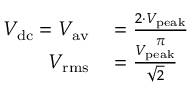
\begin{array} { r l } { V _ { \mathrm { d c } } = V _ { \mathrm { a v } } } & { { } = { \frac { 2 \cdot V _ { \mathrm { p e a k } } } { \pi } } } \\ { V _ { \mathrm { r m s } } } & { { } = { \frac { V _ { \mathrm { p e a k } } } { \sqrt { 2 } } } } \end{array}